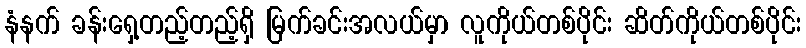
နံနက် ခန်းရှေ့တည့်တည့်ရှိ မြက်ခင်းအလယ်မှာ လူကိုယ်တစ်ပိုင်း ဆိတ်ကိုယ်တစ်ပိုင်း